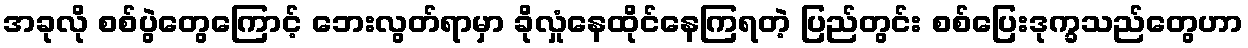
အခုလို စစ်ပွဲတွေကြောင့် ဘေးလွတ်ရာမှာ ခိုလှုံနေထိုင်နေကြရတဲ့ ပြည်တွင်း စစ်ပြေးဒုက္ခသည်တွေဟာ